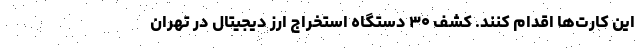
این کارت‌ها اقدام کنند. کشف ۳۰ دستگاه استخراج ارز دیجیتال در تهران